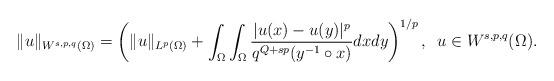
LaTeX: \begin{align*}\|u\|_{W^{s,p,q}(\Omega)}=\left(\|u\|_{L^{p}(\Omega)}+\int_{\Omega}\int_{\Omega}\frac{|u(x)-u(y)|^{p}}{q^{Q+sp}(y^{-1}\circ x)}dxdy\right)^{1/p},\,\,\,u\in W^{s,p,q}(\Omega).\end{align*}